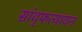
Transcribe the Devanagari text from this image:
सांवृफत्यायन